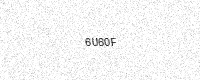
Text: 6U60F